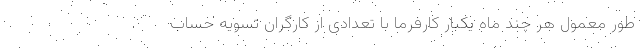
طور معمول هر چند ماه یکبار کارفرما با تعدادی از کارگران تسویه حساب